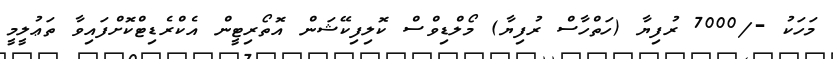
މަހަކު -/7000 ރުފިޔާ (ހަތްހާސް ރުފިޔާ) މޯލްޑިވްސް ކޮލިފިކޭޝަން އޮތޯރިޓީން އެކްރެޑިޓްކޮށްފައިވާ ތަޢުލީމީ